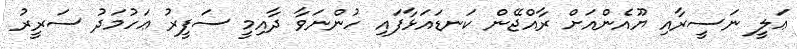
ޢަލީ ނަސީރާއި ޔޫއެންއަށް ރާއްޖޭން ކަނޑައަޅާފައި ހުންނަވާ ދާއިމީ ސަފީރު ޢަހުމަދު ސަރީރު